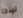
نينجا